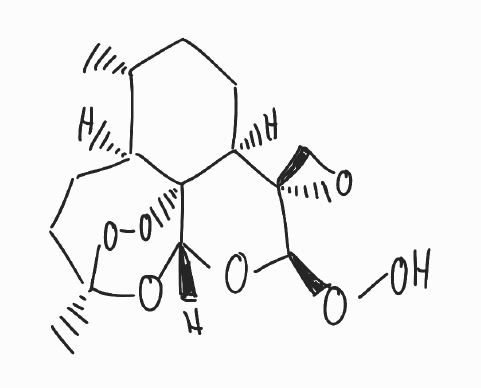
Simplified molecular-input line-entry system (SMILES) notation of the given molecule:
C[C@@H]1CC[C@H]2[C@@]3(CO3)[C@H](O[C@H]4[C@@]25[C@H]1CC[C@](O4)(OO5)C)OO